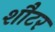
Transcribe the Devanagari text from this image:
शौटर